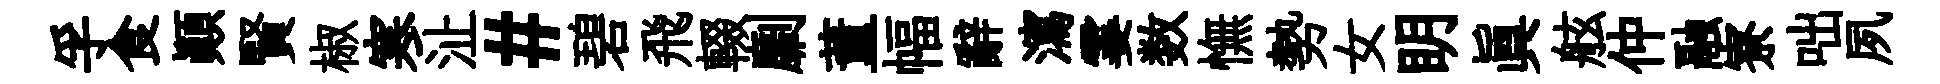
孚食顛賢椒寒沚#碧飛輟劘董幅辭瀉霎数憮勢女眀真舷仲融寮咄夙